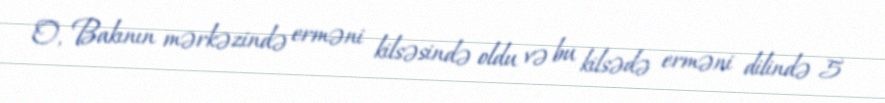
O, Bakının mərkəzində erməni kilsəsində oldu və bu kilsədə erməni dilində 5